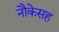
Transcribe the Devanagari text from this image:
नौकेसह